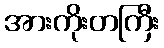
အားကိုးတကြီး